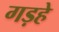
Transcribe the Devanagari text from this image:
गड़हे